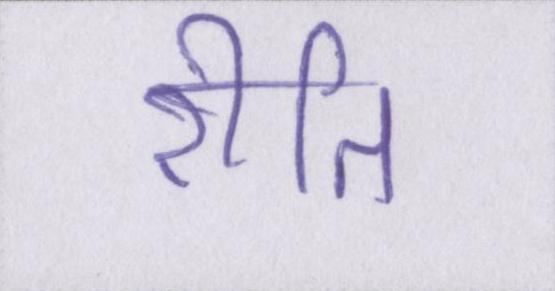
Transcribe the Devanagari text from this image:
रीति